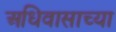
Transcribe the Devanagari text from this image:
अधिवासाच्या